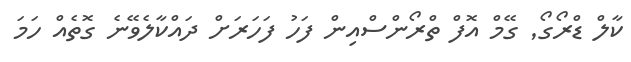
ކާލް ޑްރޯގޯ